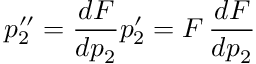
p _ { 2 } ^ { \prime \prime } = \frac { d F } { d p _ { 2 } } p _ { 2 } ^ { \prime } = F \, \frac { d F } { d p _ { 2 } }